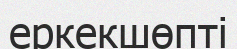
еркекшөпті